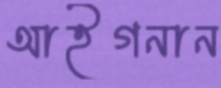
আইগনান